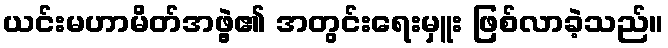
ယင်းမဟာမိတ်အဖွဲ့၏ အတွင်းရေးမှူး ဖြစ်လာခဲ့သည်။